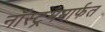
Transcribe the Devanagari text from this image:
नॉस्ट्रममार्फत